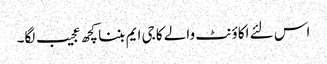
اس لئے اکاؤنٹ والے کا جی ایم بننا کچھ عجیب لگا۔